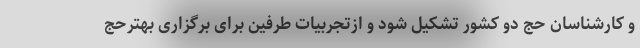
و کارشناسان حج دو کشور تشکیل شود و ازتجربیات طرفین برای برگزاری بهترحج